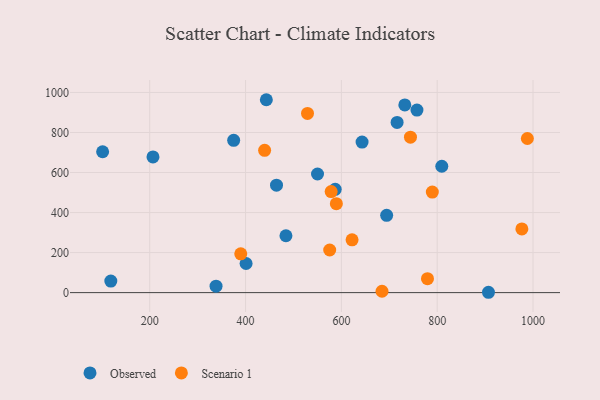
{"axis": {"x": "Engine Size", "y": "Sales"}, "legend": ["Observed", "Scenario 1"], "data": [{"x": "101.7", "y": 703.9, "type": "Observed"}, {"x": "694.5", "y": 386.3, "type": "Observed"}, {"x": "809.6", "y": 631.5, "type": "Observed"}, {"x": "484.3", "y": 284.1, "type": "Observed"}, {"x": "338.4", "y": 32.3, "type": "Observed"}, {"x": "464.6", "y": 537.0, "type": "Observed"}, {"x": "643.2", "y": 752.0, "type": "Observed"}, {"x": "732.4", "y": 937.6, "type": "Observed"}, {"x": "401.1", "y": 145.5, "type": "Observed"}, {"x": "587.1", "y": 516.2, "type": "Observed"}, {"x": "118.8", "y": 57.7, "type": "Observed"}, {"x": "550.2", "y": 592.7, "type": "Observed"}, {"x": "206.8", "y": 678.2, "type": "Observed"}, {"x": "443.4", "y": 963.8, "type": "Observed"}, {"x": "907.0", "y": 1.7, "type": "Observed"}, {"x": "716.3", "y": 850.6, "type": "Observed"}, {"x": "375.2", "y": 760.7, "type": "Observed"}, {"x": "757.7", "y": 912.1, "type": "Observed"}, {"x": "575.6", "y": 213.0, "type": "Scenario 1"}, {"x": "684.8", "y": 6.7, "type": "Scenario 1"}, {"x": "744.2", "y": 776.9, "type": "Scenario 1"}, {"x": "578.7", "y": 504.9, "type": "Scenario 1"}, {"x": "976.7", "y": 318.0, "type": "Scenario 1"}, {"x": "439.8", "y": 710.9, "type": "Scenario 1"}, {"x": "390.0", "y": 193.8, "type": "Scenario 1"}, {"x": "988.2", "y": 770.1, "type": "Scenario 1"}, {"x": "529.3", "y": 895.5, "type": "Scenario 1"}, {"x": "589.5", "y": 444.5, "type": "Scenario 1"}, {"x": "789.8", "y": 502.5, "type": "Scenario 1"}, {"x": "779.7", "y": 69.7, "type": "Scenario 1"}, {"x": "622.3", "y": 263.8, "type": "Scenario 1"}]}